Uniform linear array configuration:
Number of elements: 12
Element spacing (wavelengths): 0.5
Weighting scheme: hamming
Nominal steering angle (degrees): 0
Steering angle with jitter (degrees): -0.1141
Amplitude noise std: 0.05
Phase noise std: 0.05

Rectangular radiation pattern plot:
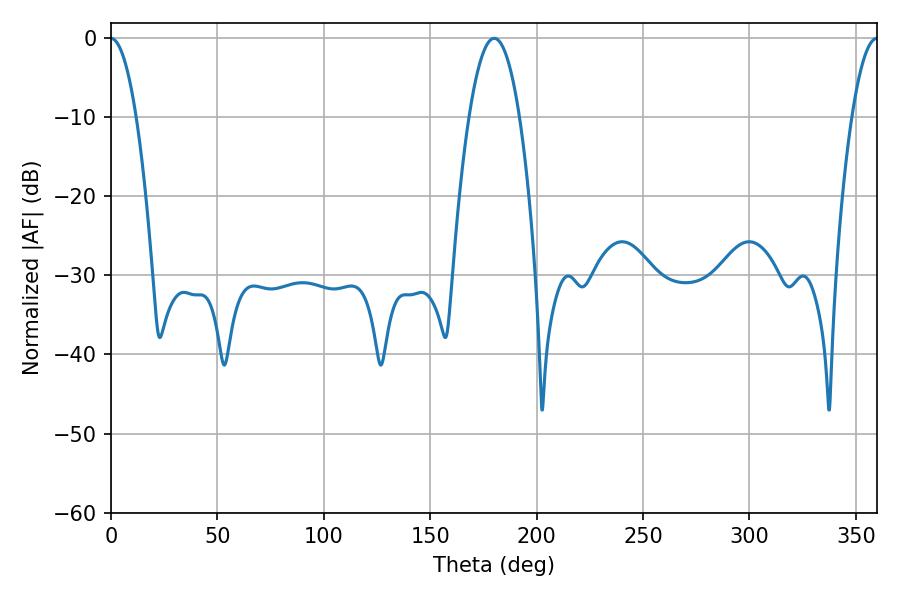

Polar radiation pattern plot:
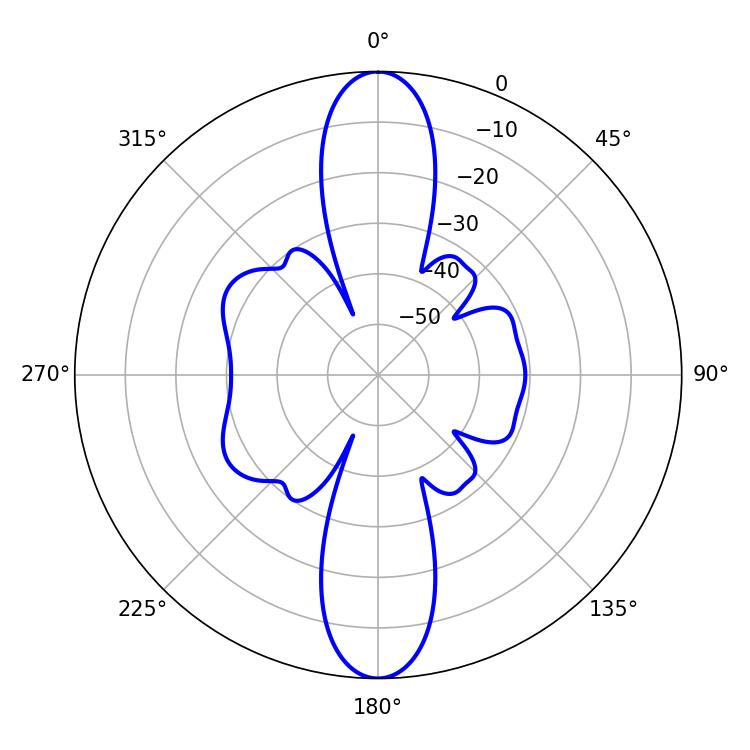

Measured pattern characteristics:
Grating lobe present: FALSE
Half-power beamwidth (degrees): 13.14
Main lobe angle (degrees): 180